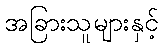
အခြားသူများနှင့်